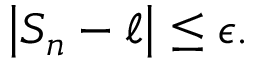
\left\vert S _ { n } - \ell \right\vert \leq \epsilon .